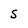
Character: S